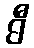
ဓီ